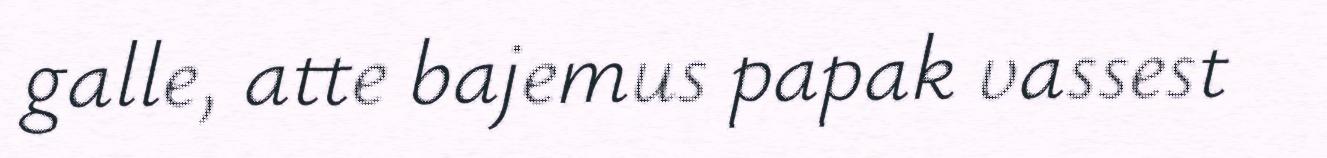
galle, atte bajemus papak vassest